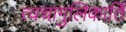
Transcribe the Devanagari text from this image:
त्वचागुलिकार्ति